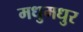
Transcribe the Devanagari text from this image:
मधुमधुर